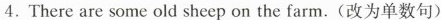
4.There are some old sheep on the farm.(改为单数句)